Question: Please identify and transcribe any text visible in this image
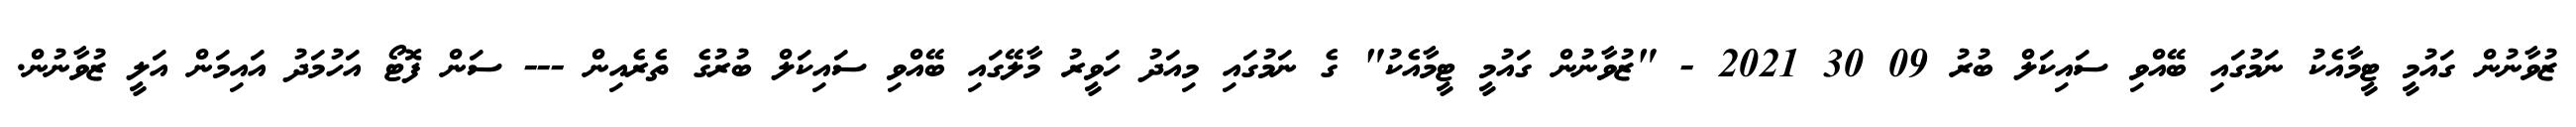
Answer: ޒުވާނުން ގައުމީ ޓީމާއެކު ނަމުގައި ބޭއްވި ސައިކަލް ބުރު 09 30 2021 - "ޒުވާނުން ގައުމީ ޓީމާއެކު" ގެ ނަމުގައި މިއަދު ހަވީރު މާލޭގައި ބޭއްވި ސައިކަލް ބުރުގެ ތެރެއިން --- ސަން ފޮޓޯ އަހުމަދު އައިމަން އަލީ ޒުވާނުން.